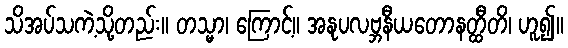
သိအပ်သကဲ့သို့တည်း။ တသ္မာ၊ ကြောင့်။ အနုပလဗ္ဘနီယတောနတ္ထီတိ၊ ဟူ၍။